Calcutta medical institutions reports 1871-78
Year: 1871
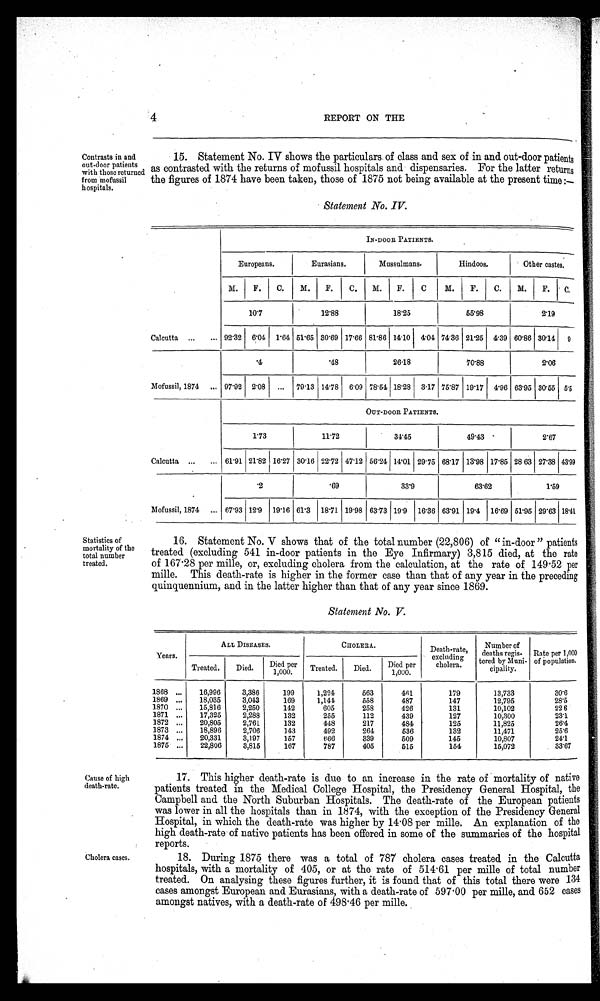
4
REPORT ON THE
Contrasts in and
out-door patients
with those returned
from mofussil
hospitals.
15. Statement No. IV shows the particulars of class and sex of in and out-door patients
as contrasted with the returns of mofussil hospitals and dispensaries. For the latter returns
the figures of 1874 have been taken, those of 1875 not being available at the present time
Statistics of
mortality of the
total number
treated.
Cause of high
death-rate.
Cholera cases.
Statement No. IV.
Calcutta ...
...
IN-DOOR PATIENTS.
Europeans.
Eurasians.
Mussulmans.
Hindoos.
Other castes.
M.
F.
C.
M.
F.
C.
M. 1 F. C M. F. C. M. F. C.
101
12'88
18'25
55'98
2'19
92'32 6'04 l'64 51115 30169 17'66 81'86 14. 10 1 4'04 7436 21 .25 4.39 60'86 30'14 9
Mofussil, 1874
...
'4
'48
26.18
70'88
2'06
97'92 2'08
...
79'13 1418
6'09 78'54 18'28 3 .17 75'87 19'17 4'96 63'95 30'55 5'5
Calcutta ...
...
OUT-DOOR PATIENTS.
113
11'72
34'45
49'43 '
2'67
61'91 21'82 i 16'27 30. 16 22'72 47'12 56'24 1 14111 29'75 68'17 13'98 17 .85 28 63 27'38 43'99
Mofussil, 1874
...
.2
'69
33'9
63'62
1'59
67'93 12'9
19'16 61'3 1811 19 .98 63'73 19'9 16'36 63'91 19'4 16'69 51115 29'63 18'41
16. Statement No. V shows that of the total number (22,806) of " in-door" patients
treated (excluding 541 in-door patients in the Eye Infirmary) 3,815 died, at the rate
of 167 .28 per mille, or, excluding cholera from the calculation, at the rate of 149 .52 per
mille. This death-rate is higher in the former case than that of any year in the preceding
quinquennium, and in the latter higher than that of any year since 1869.
Statement No. V.
Years.
ALL DISEASES.
CHOLERA..
Death-rate ,
excluding
cholera.
Number of
deaths regis-
tered by Muni-
cipality.
Rate per 1,000
of population.
Treated.
Died.
'
Died per
1,000.
Treated.
Died.
Died per
1,000.
1868 ...
16,996
3,386
199
1,294
563
401
179
13,733
30'6
1869 ...
18,035
3,043
169
1,144
558
487
147
12,795
28'5
1870 ...
15,816
2,250
142
605
258
426
131
10,102
22 6
1871 ...
17,325
2,288
132
255
112
439
127
10,300
23.1
1872 ...
20,805
2,761
132
448
217
484
125
11,825
26'4
1873 ...
18,896
2,706
143
492
264
536
132
11,471
25'6
1874 ...
20,331
3,197
157
666
339
509
145
10,807
24'1
1875 ...
22,806
3,815
167
787
405
515
154
15,072
33'67
17. This higher death-rate is due to an increase in the rate of mortality of native
patients treated in the Medical College Hospital, the Presidency General Hospital, the
Campbell and the North Suburban Hospitals. The death-rate of the European patients
was lower in all the hospitals than in 1874, with the exception of the Presidency General
Hospital, in which the death-rate was higher by 14 . 08 per mine. An explanation of the
high death-rate of native patients has been offered in some of the summaries of the hospital
reports.
18. During 1875 there was a total of 787 cholera eases treated in the Calcutta
hospitals, with a mortality of 405, or at the rate of 514 . 61 per mille of total number
treated. On analysing these figures further, it is found that of this total there were 134
cases amongst European and Eurasians, with a death-rate of 597 . 00 per mille, and 652 eases
amongst natives, with a death-rate of 498 .46 per mille.